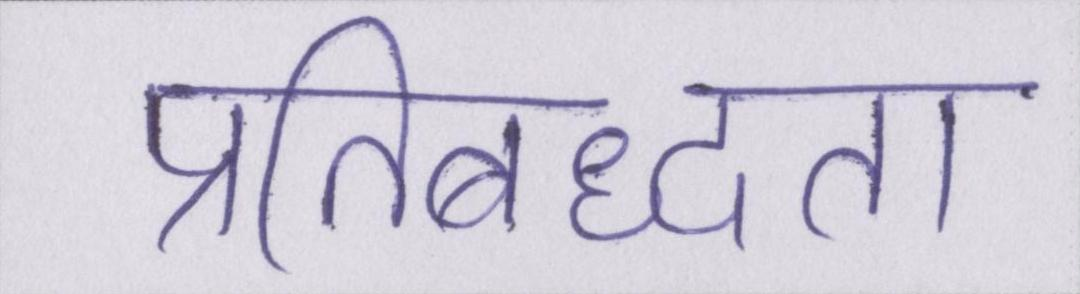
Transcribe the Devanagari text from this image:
प्रतिबध्दता